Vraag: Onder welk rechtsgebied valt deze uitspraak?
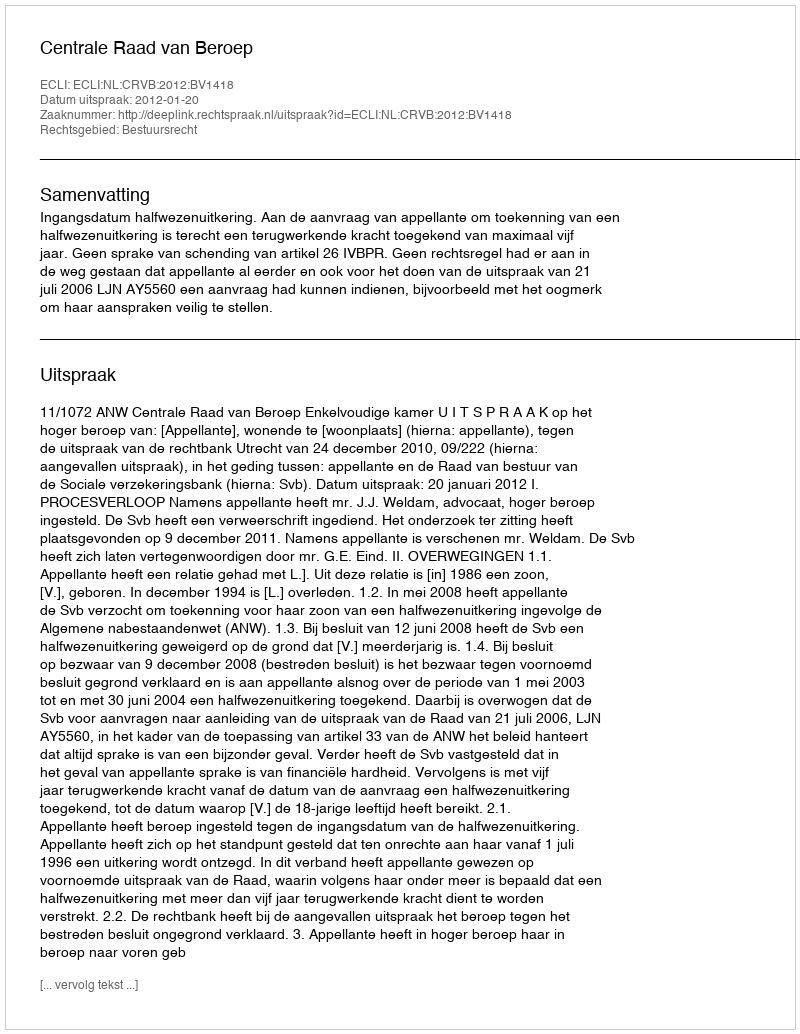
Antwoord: Bestuursrecht